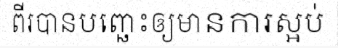
ពីរបានបញ្ឆេះឲ្យមានការស្អប់